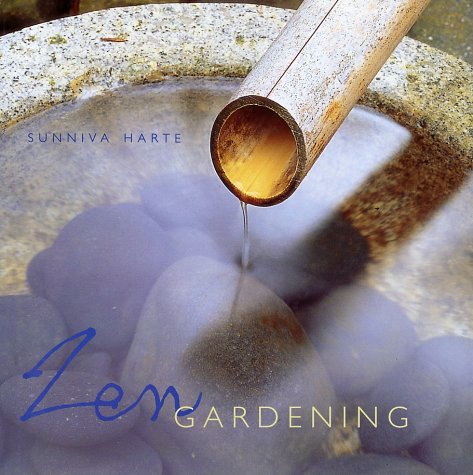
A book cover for Zen Gardening; Sunniva Harte; Crafts, Hobbies & Home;